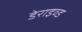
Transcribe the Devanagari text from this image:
डेराइव्ड